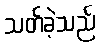
သတ်ခဲ့သည်